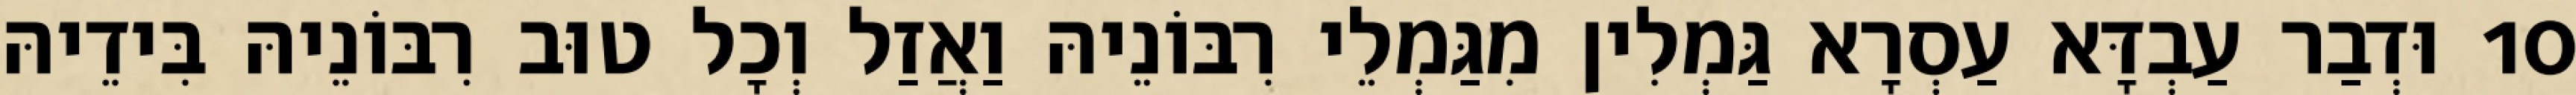
10 וּדְבַר עַבְדָּא עַסְרָא גַּמְלִין מִגַּמְלֵי רִבּוֹנֵיהּ וַאֲזַל וְכָל טוּב רִבּוֹנֵיהּ בִּידֵיהּ